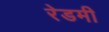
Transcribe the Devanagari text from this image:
रेडमी